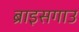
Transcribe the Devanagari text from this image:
ब्राइसगाउ